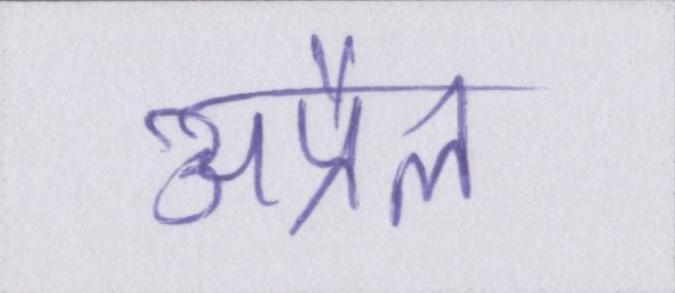
अप्रैल